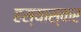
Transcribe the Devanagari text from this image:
हस्यास्कर